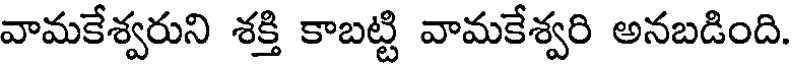
వామకేశ్వరుని శక్తి కాబట్టి వామకేశ్వరి అనబడింది.